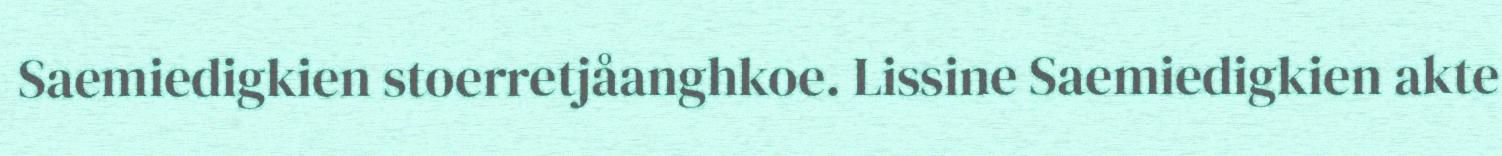
Saemiedigkien stoerretjåanghkoe. Lissine Saemiedigkien akte